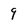
Character: 9